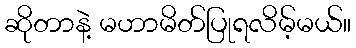
ဆိုတာနဲ့ မဟာမိတ်ပြုရလိမ့်မယ်။